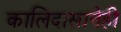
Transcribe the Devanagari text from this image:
कालिदासानेही